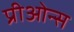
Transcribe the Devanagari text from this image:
प्रीओन्स